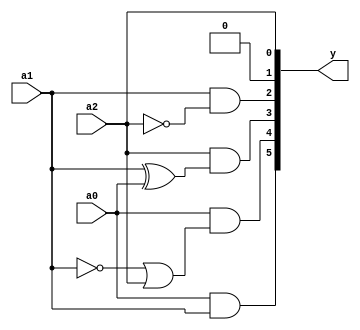
module squarer_b(a0,a1,a2,y);
  input a0,a1,a2;
  output reg [5:0] y;
  always @ * 
  begin
    y[0] = a2;
    y[1] = 1'b0;
    y[2] = a1&(~a2);
    y[3] = a2&(a1^a0);
    y[4] = a0&((~a1)|a2);
    y[5] = a0&a1;
end
  endmodule